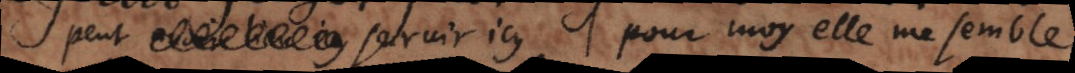
peut servir icy, pour moy elle me semble...